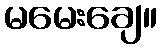
မမေးချေ။